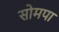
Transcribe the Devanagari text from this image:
सोमपा